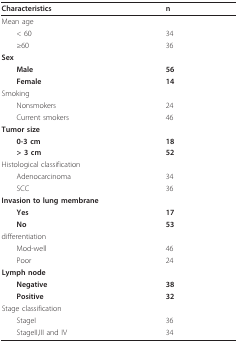
<table><thead><tr><td><b>Characteristics</b></td><td><b>n</b></td></tr></thead><tbody><tr><td>Mean age</td><td></td></tr><tr><td> &lt; 60</td><td>34</td></tr><tr><td> ≥60</td><td>36</td></tr><tr><td><b>Sex</b></td><td></td></tr><tr><td> <b>Male</b></td><td><b>56</b></td></tr><tr><td> <b>Female</b></td><td><b>14</b></td></tr><tr><td>Smoking</td><td></td></tr><tr><td> Nonsmokers</td><td>24</td></tr><tr><td> Current smokers</td><td>46</td></tr><tr><td><b>Tumor size</b></td><td></td></tr><tr><td> <b>0-3 cm</b></td><td><b>18</b></td></tr><tr><td> <b>&gt; 3 cm</b></td><td><b>52</b></td></tr><tr><td>Histological classification</td><td></td></tr><tr><td> Adenocarcinoma</td><td>34</td></tr><tr><td> SCC</td><td>36</td></tr><tr><td><b>Invasion to lung membrane</b></td><td></td></tr><tr><td> <b>Yes</b></td><td><b>17</b></td></tr><tr><td> <b>No</b></td><td><b>53</b></td></tr><tr><td>differentiation</td><td></td></tr><tr><td> Mod-well</td><td>46</td></tr><tr><td> Poor</td><td>24</td></tr><tr><td><b>Lymph node</b></td><td></td></tr><tr><td> <b>Negative</b></td><td><b>38</b></td></tr><tr><td> <b>Positive</b></td><td><b>32</b></td></tr><tr><td>Stage classification</td><td></td></tr><tr><td> StageI</td><td>36</td></tr><tr><td> StageII,III and IV</td><td>34</td></tr></tbody></table>